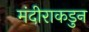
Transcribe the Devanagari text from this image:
मंदीराकडुन